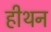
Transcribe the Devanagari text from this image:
हीथन